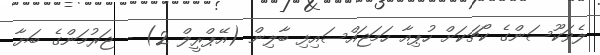
ލެވަކޫސަންގެ ކޯޗަކަށް ހުޕިއާ ހަމަޖައްސައިފި ބާލިން (އޭޕްރީލް 2) - ޖަރުމަންގެ ބަޔާ